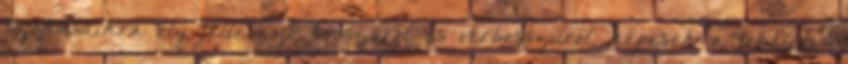
szokásaikra oly jellemző bosszúról és vérbosszúról, képesek a tökéletes